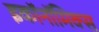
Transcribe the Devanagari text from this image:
इकॉनॉमिक्‍स